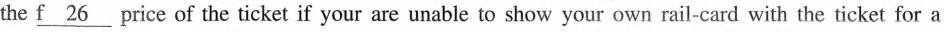
the \underline{f 26}price of the ticket if your are unable to show your own rail-card with the ticket for a